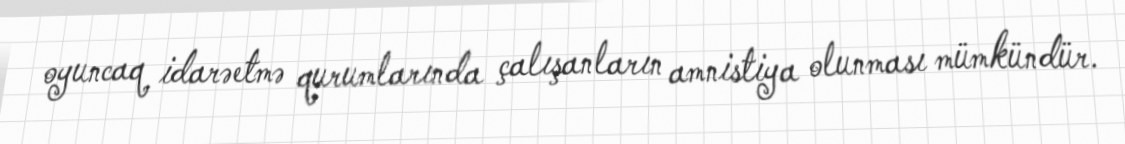
oyuncaq idarəetmə qurumlarında çalışanların amnistiya olunması mümkündür.